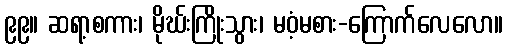
၉၉။ ဆရာ့စကား၊ မိုဃ်းကြိုးသွား၊ မဝံ့မစား-ကြောက်လေလော။